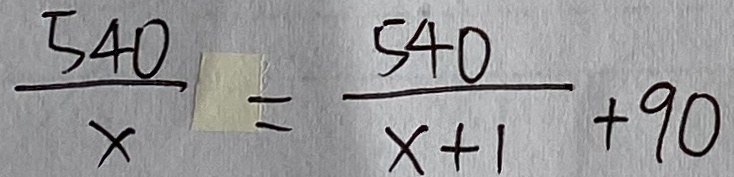
\frac { 5 4 0 } { x } = \frac { 5 4 0 } { x + 1 } + 9 0